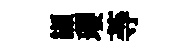
纈瓔䓁